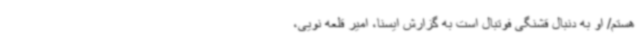
هستم/ او به دنبال قشنگی فوتبال است به گزارش ایسنا، امیر قلعه نویی،